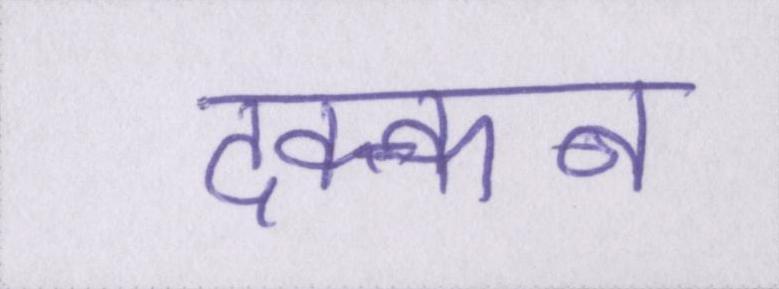
दक्कन